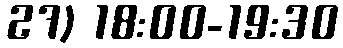
27) 18:00-19:30